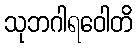
သုဘဂါရဝေါတိ